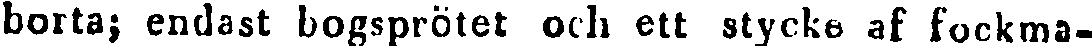
borta; endast bogsprötet och ett stycke af fockma-